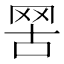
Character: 𦊟